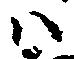
ハ